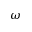
\omega